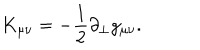
K _ { \mu \nu } = - \frac { 1 } { 2 } \partial _ { \perp } g _ { \mu \nu } .